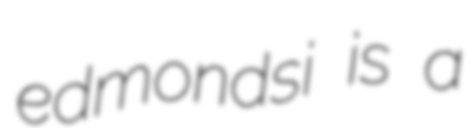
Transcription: edmondsi is a